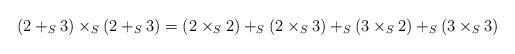
LaTeX: \begin{align*} (2+_S3)\times_S (2+_S 3) = (2\times_S 2)+_S (2\times_S 3) +_S (3\times_S 2)+_S (3\times_S 3) \end{align*}